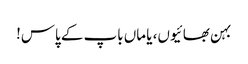
بہن بھائیوں، یا ماں باپ کے پاس!